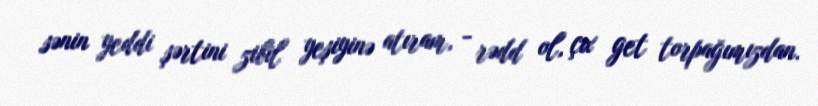
sənin yeddi şərtini zibil yeşiyinə atıram, - rədd ol, çıx get torpağımızdan.